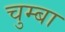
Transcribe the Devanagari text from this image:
चुम्बा